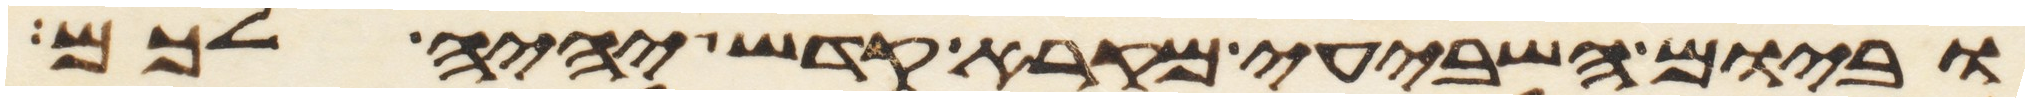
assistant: וביום השביעי מקרא קדש יהיה לכם